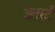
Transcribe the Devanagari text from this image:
अनर्स्टं